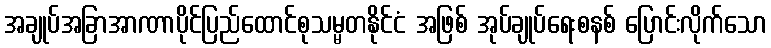
အချုပ်အခြာအာဏာပိုင်ပြည်ထောင်စုသမ္မတနိုင်ငံ အဖြစ် အုပ်ချုပ်ရေးစနစ် ပြောင်းလိုက်သော